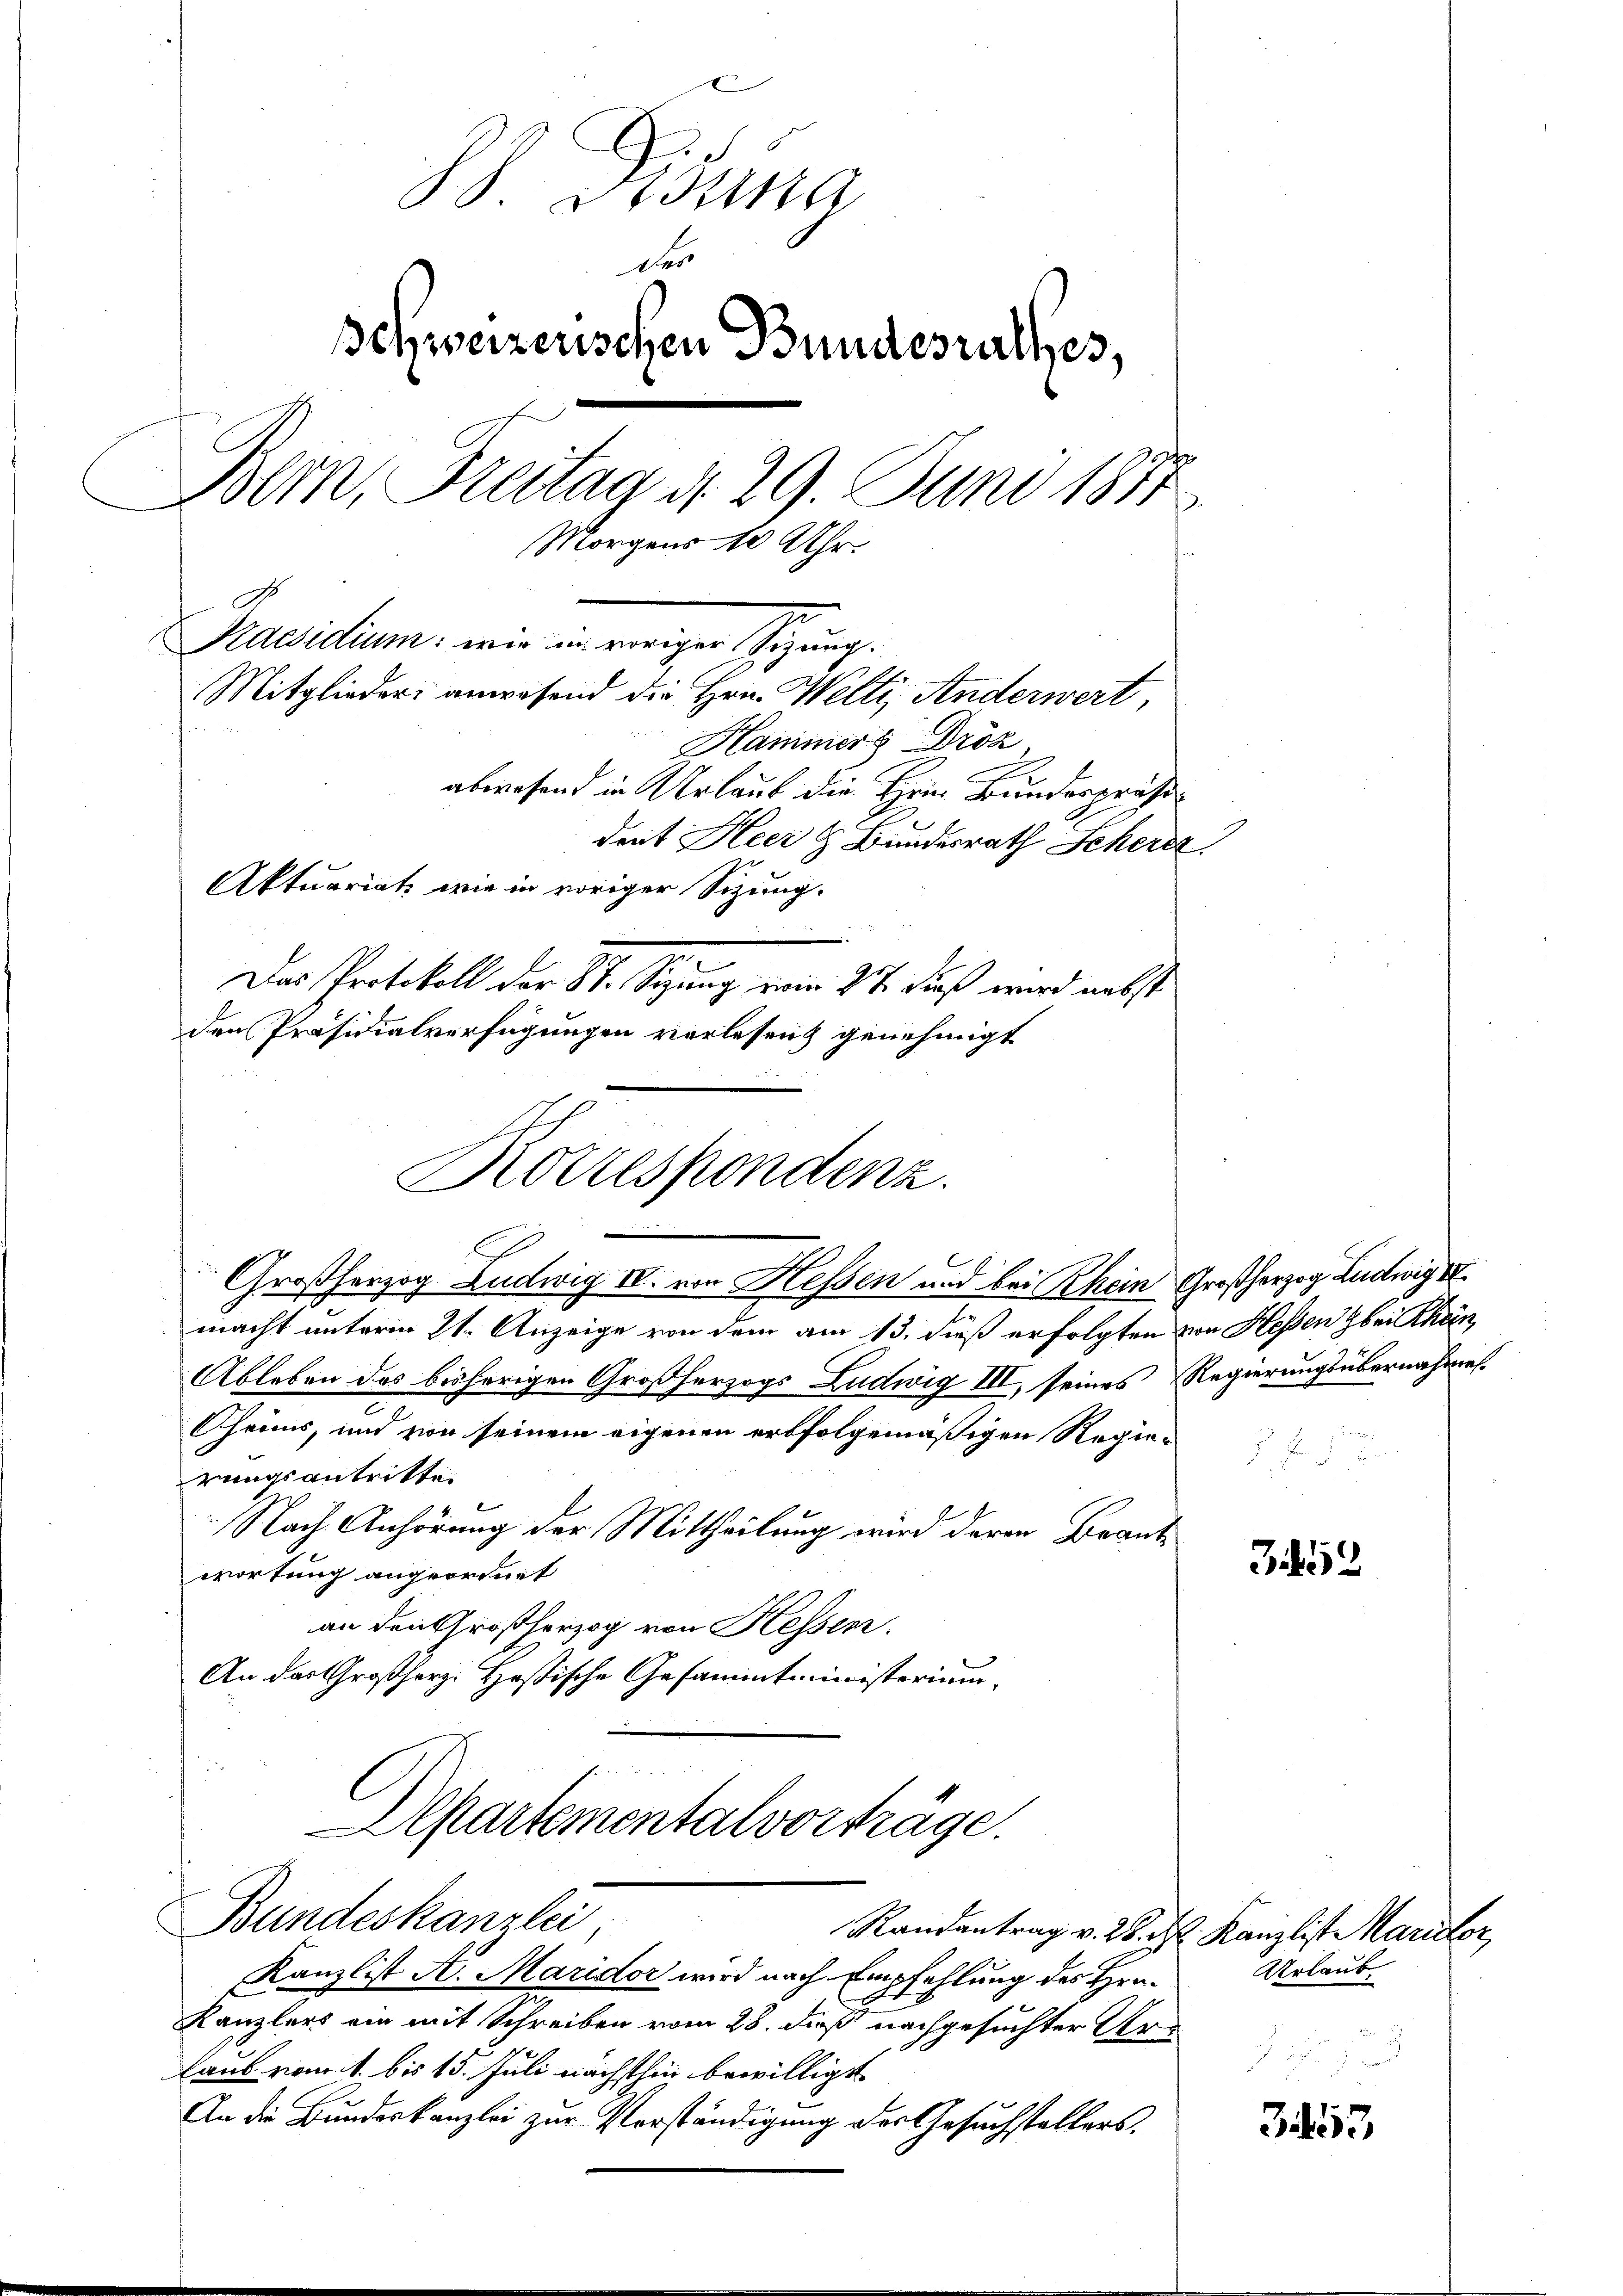
88. Disena
Des
Schweizerischen Bundesrathes,
Bern, Freitag d. 29. Juni 1877
Morgens 10 Uhr.
Pacidum, wie an erweigen Gezung
Mitglieder anwesend die Hrn. Welti, Anderwert,
Hammers Droz.
abwesend in Urlauf die Hein Bundespräsident Heer & Bundesrath Scherer.
Aktuariat wie in voriger Sizung.
Das Protokoll der St. Sizung wir 27 dieß wird nebst
den Präsidialverfügungen verlesen genehmigt

Korrespondenz.
e

Großherzog Ludwig IV. von Hessen und bei Rhein Großherzog Ludwig IV
macht unterm 21. Anzeige von dem am 13. dieß erfolgten von Hessen bei Rhein
Ableben des bisherigen Großherzogs Ludwig III, seines Regierungsübernahmes
heins, und von seinem eigenen erfolgemäßigen Regierungsantritte
Nach Anhörung der Mittheilung wird deren Brant
wortung angeordnet
an den Großherzog von Hessen.
An das Großherz. Hastische Gesammtministerium
s
epartementalvorträge.

Bundeskanzlei

Kanzlist A. Maridor wird nach Empfehlung des Hrn.
Kanzlers ein mit Schreiben vom 28. dieß nachgesuchter Urlaub vom 1. bis 15. Juli nächsthin bewilligt
An die Bundeskanzlei zur Vorständigung des Gesuchstellers.

J. J. J.

352

3453

Randantrag v. 26. d. Kanzlist Maridor,
Urlaub.